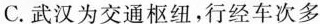
C.武汉为交通枢纽，行经车次多